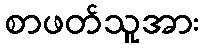
စာဖတ်သူအား